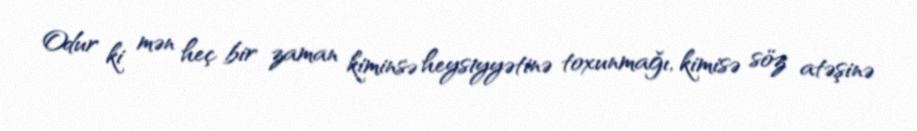
Odur ki mən heç bir zaman kiminsə heysiyyətinə toxunmağı, kimisə söz atəşinə